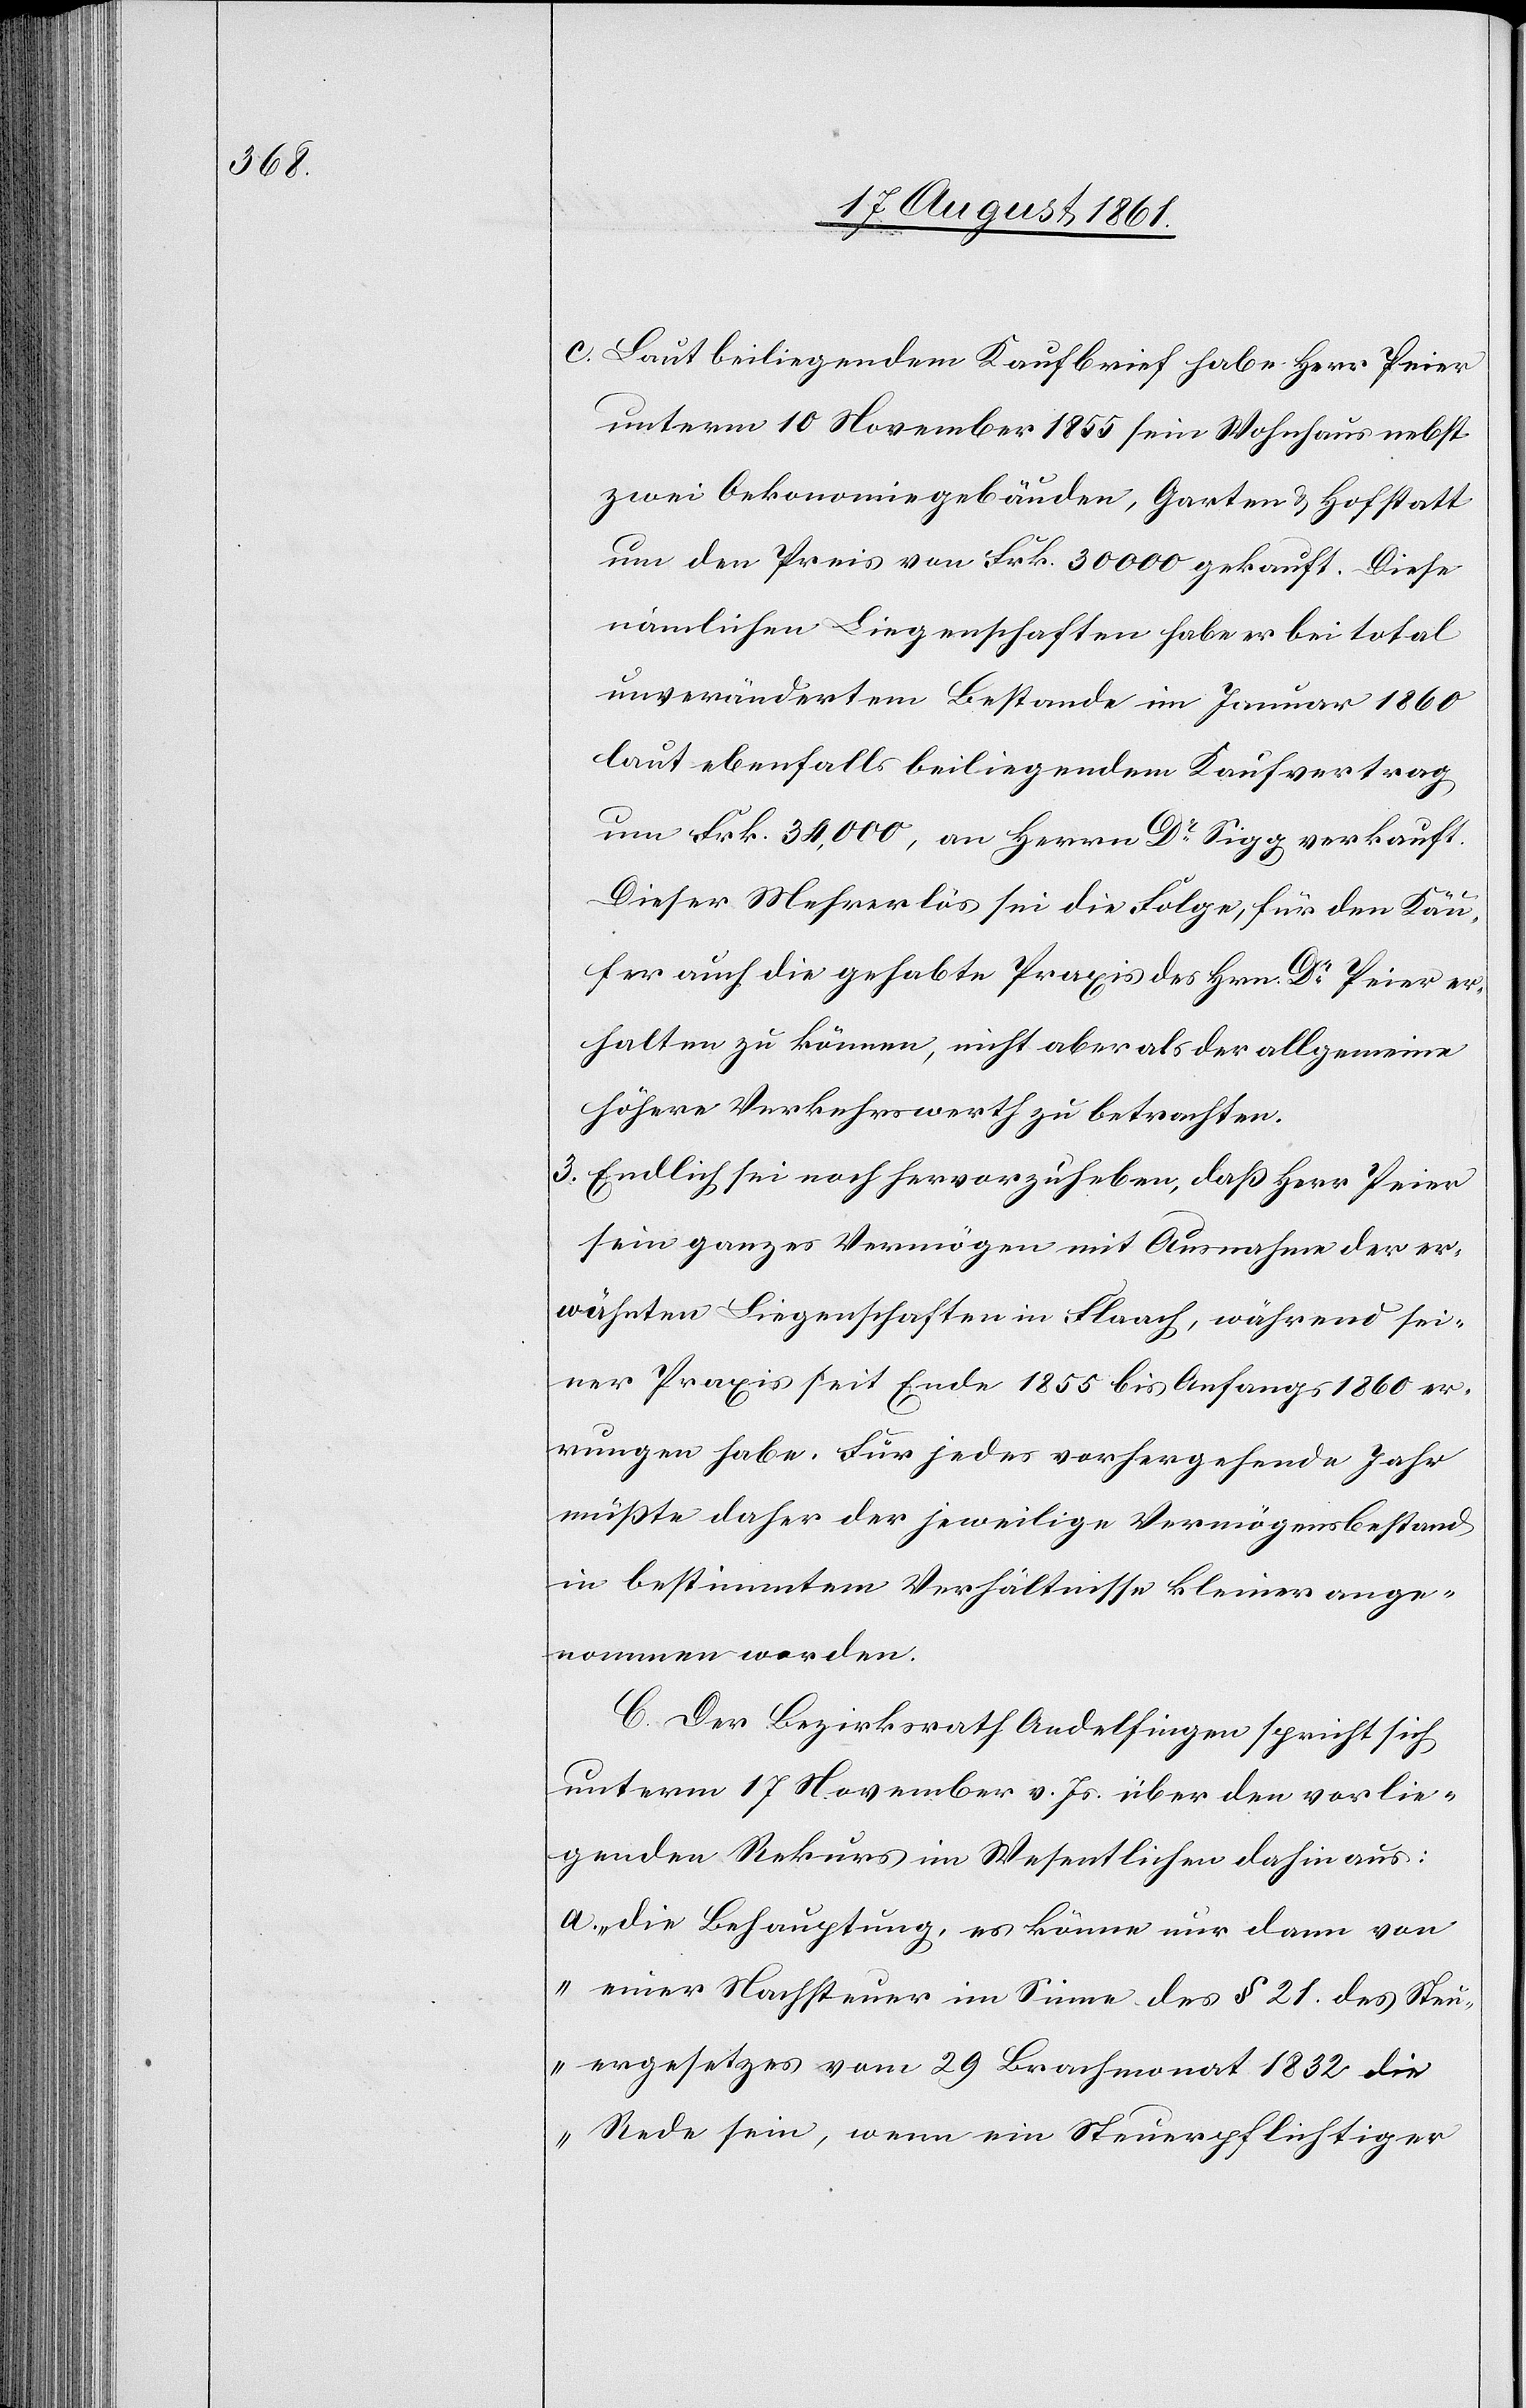
c. Laut beiliegendem Kaufbrief habe Herr Peier
unterm 10 November 1855 sein Wohnhaus nebst
zwei Oekonomiegebäuden, Garten u. Hofstatt
um den Preis von Frk. 30 000 gekauft. Diese
nämlichen Liegenschaften habe er bei total
unverändertem Bestande im Januar 1860
laut ebenfalls beiliegendem Kaufvertrag
um Frk. 34,000, an Herrn Dr Sigg verkauft.
Dieser Mehrerlös sei die Folge, für den Käu¬
fer auch die gehabte Praxis des Hrn. Dr Peier er¬
halten zu können, nicht aber als der allgemeine
höhere Verkehrswerth zu betrachten.
3. Endlich sei noch hervorzuheben, daß Herr Peier
sein ganzes Vermögen mit Ausnahme der er¬
wähnten Liegenschaften in Flaach, während sei¬
ner Praxis seit Ende 1855 bis Anfangs 1860 er¬
rungen habe. Für jedes vorhergehende Jahr
müßte daher der jeweilige Vermögensbestand
in bestimmtem Verhältniße kleiner ange¬
nommen werden.
C. Der Bezirksrath Andelfingen spricht sich
unterm 17 November v. Js. über den vorlie¬
genden Rekurs im Wesentlichen dahin aus:
a. „Die Behauptung, es könne nur dann von
einer Nachsteuer im Sinne des § 21 des Steu¬
ergesetzes vom 29 Brachmonat 1832 die
Rede sein, wenn ein Steuerpflichtiger